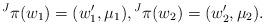
LaTeX: \begin{align*}\prescript J{}\pi(w_1) = (w_1', \mu_1),\prescript J{}\pi(w_2) = (w_2', \mu_2).\end{align*}